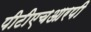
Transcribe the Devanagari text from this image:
पीटीएचआरपी